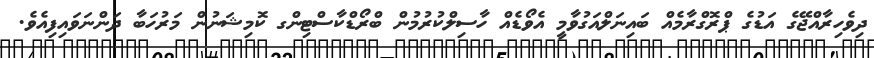
ދިވެހިރާއްޖޭގެ އަޑުގެ ޕްރޮގްރާމެއް ބައިނަލްއަގުވާމީ އެވޯޑެއް ހާސިލްކުރުމުން ބްރޯޑްކާސްޓިންގ ކޮމިޝަނުން މަރުހަބާ ދަންނަވައިފިއެވެ.